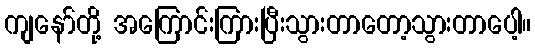
ကျနော်တို့ အကြောင်းကြားပြီးသွားတာတော့သွားတာပေါ့။